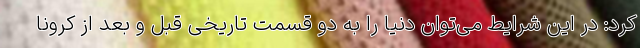
کرد: در این شرایط می‌توان دنیا را به دو قسمت تاریخی قبل و بعد از کرونا